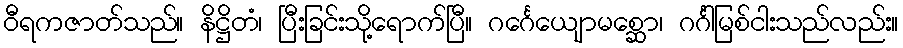
ဝီရကဇာတ်သည်။ နိဋ္ဌိတံ၊ ပြီးခြင်းသို့ရောက်ပြီ။ ဂင်္ဂေယျောမစ္ဆော၊ ဂင်္ဂါမြစ်ငါးသည်လည်း။